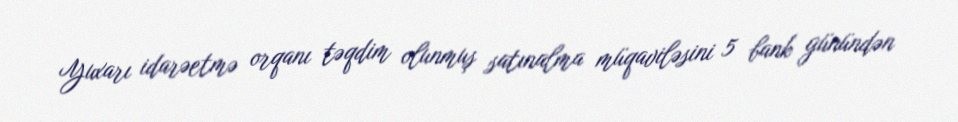
Yuxarı idarəetmə orqanı təqdim olunmuş satınalma müqaviləsini 5 bank günündən